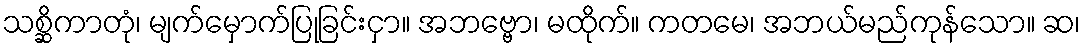
သစ္ဆိကာတုံ၊ မျက်မှောက်ပြုခြင်းငှာ။ အဘဗ္ဗော၊ မထိုက်။ ကတမေ၊ အဘယ်မည်ကုန်သော။ ဆ၊